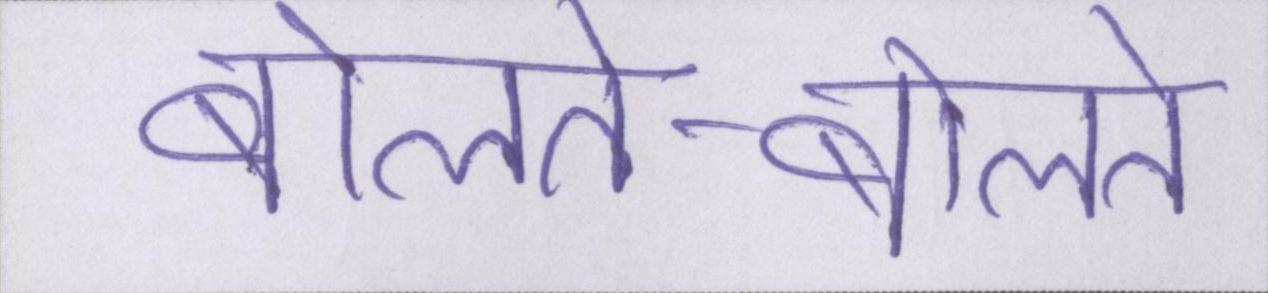
बोलते-बोलते